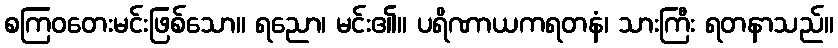
စကြဝတေးမင်းဖြစ်သော။ ရညော၊ မင်း၏။ ပရိဏာယကရတနံ၊ သားကြီး ရတနာသည်။